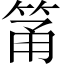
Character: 筩